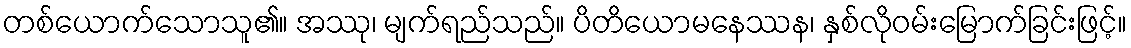
တစ်ယောက်သောသူ၏။ အဿု၊ မျက်ရည်သည်။ ပိတိယောမနေဿန၊ နှစ်လိုဝမ်းမြောက်ခြင်းဖြင့်။